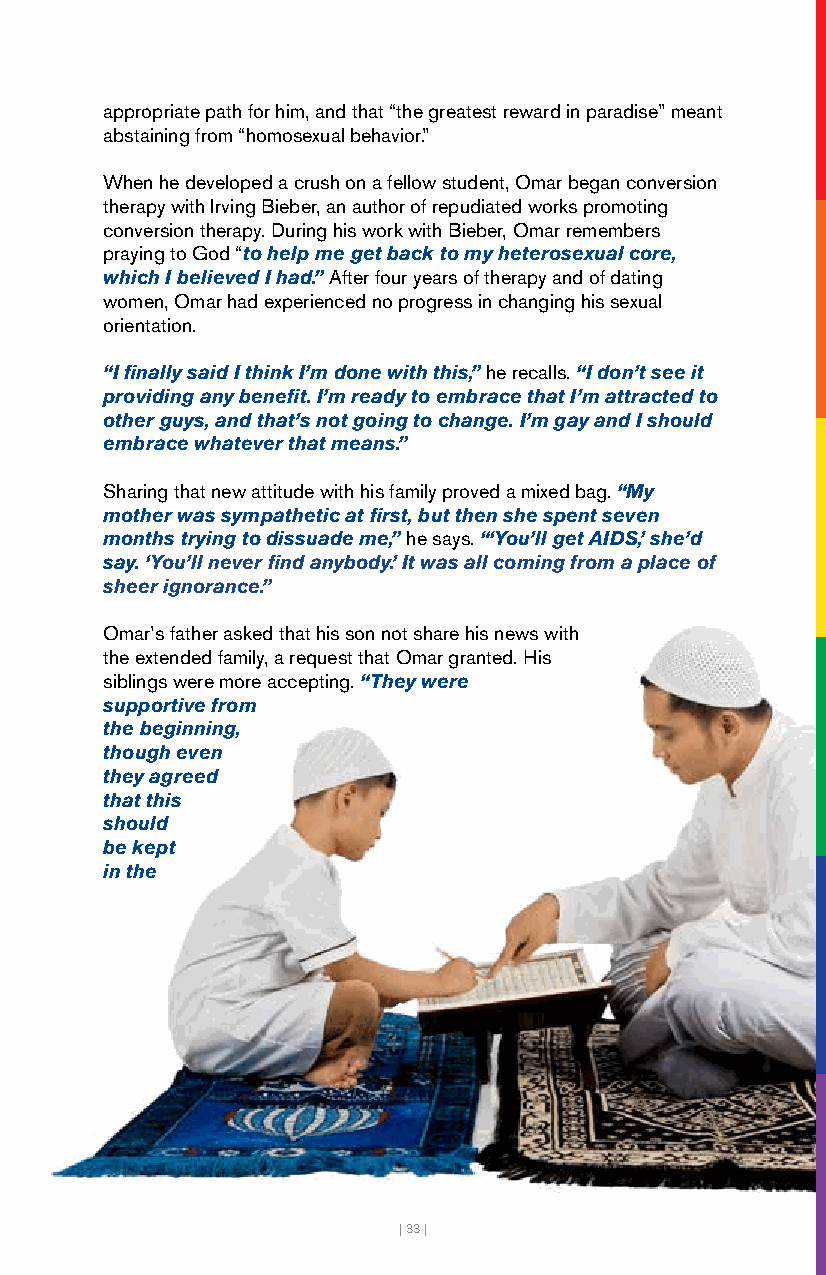
appropriate path for him, and that “the greatest reward in paradise” meant
 abstaining from “homosexual behavior.”
 When he developed a crush on a fellow student, Omar began conversion
 therapy with Irving Bieber, an author of repudiated works promoting
 conversion therapy. During his work with Bieber, Omar remembers
 praying to God “to help me get back to my heterosexual core,
 which I believed I had.” After four years of therapy and of dating
 women, Omar had experienced no progress in changing his sexual
 orientation.
 “I finally said I think I’m done with this,” he recalls. “I don’t see it
 providing any benefit. I’m ready to embrace that I’m attracted to
 other guys, and that’s not going to change. I’m gay and I should
 embrace whatever that means.”
 Sharing that new attitude with his family proved a mixed bag. “My
 mother was sympathetic at first, but then she spent seven
 months trying to dissuade me,” he says. “‘You’ll get AIDS,’ she’d
 say. ‘You’ll never find anybody.’ It was all coming from a place of
 sheer ignorance.”
 Omar’s father asked that his son not share his news with
 the extended family, a request that Omar granted. His
 siblings were more accepting. “They were
 supportive from
 the beginning,
 though even
 they agreed
 that this
 should
 be kept
 in the
 | 33 |